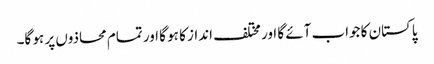
پاکستان کا جواب آئے گا اور مختلف انداز کا ہو گا اور تمام محاذوں پر ہو گا۔